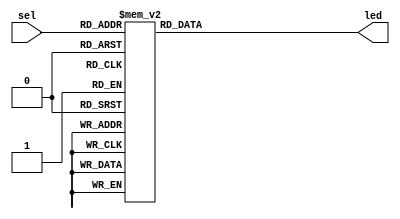
`timescale 1ns / 1ps
//////////////////////////////////////////////////////////////////////////////////
// Company: 
// Engineer: 
// 
// Design Name: 
// Module Name: decode38
// Project Name: 
// Target Devices: 
// Tool Versions: 
// Description: 
// 
// Dependencies: 
// 
// Revision:
// Revision 0.01 - File Created
// Additional Comments:
// 
//////////////////////////////////////////////////////////////////////////////////


module decode38(
	output reg [7:0] led,
	input wire [2:0] sel
    );
	always @(*) begin
		case(sel)
			3'b000: led = 8'b00000001;
			3'b001: led = 8'b00000010;
			3'b010: led = 8'b00000100;
			3'b011: led = 8'b00001000;
			3'b100: led = 8'b00010000;
			3'b101: led = 8'b00100000;
			3'b110: led = 8'b01000000;
			3'b111: led = 8'b10000000;
		endcase
	end
endmodule